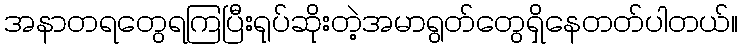
အနာတရတွေရကြပြီးရုပ်ဆိုးတဲ့အမာရွတ်တွေရှိနေတတ်ပါတယ်။